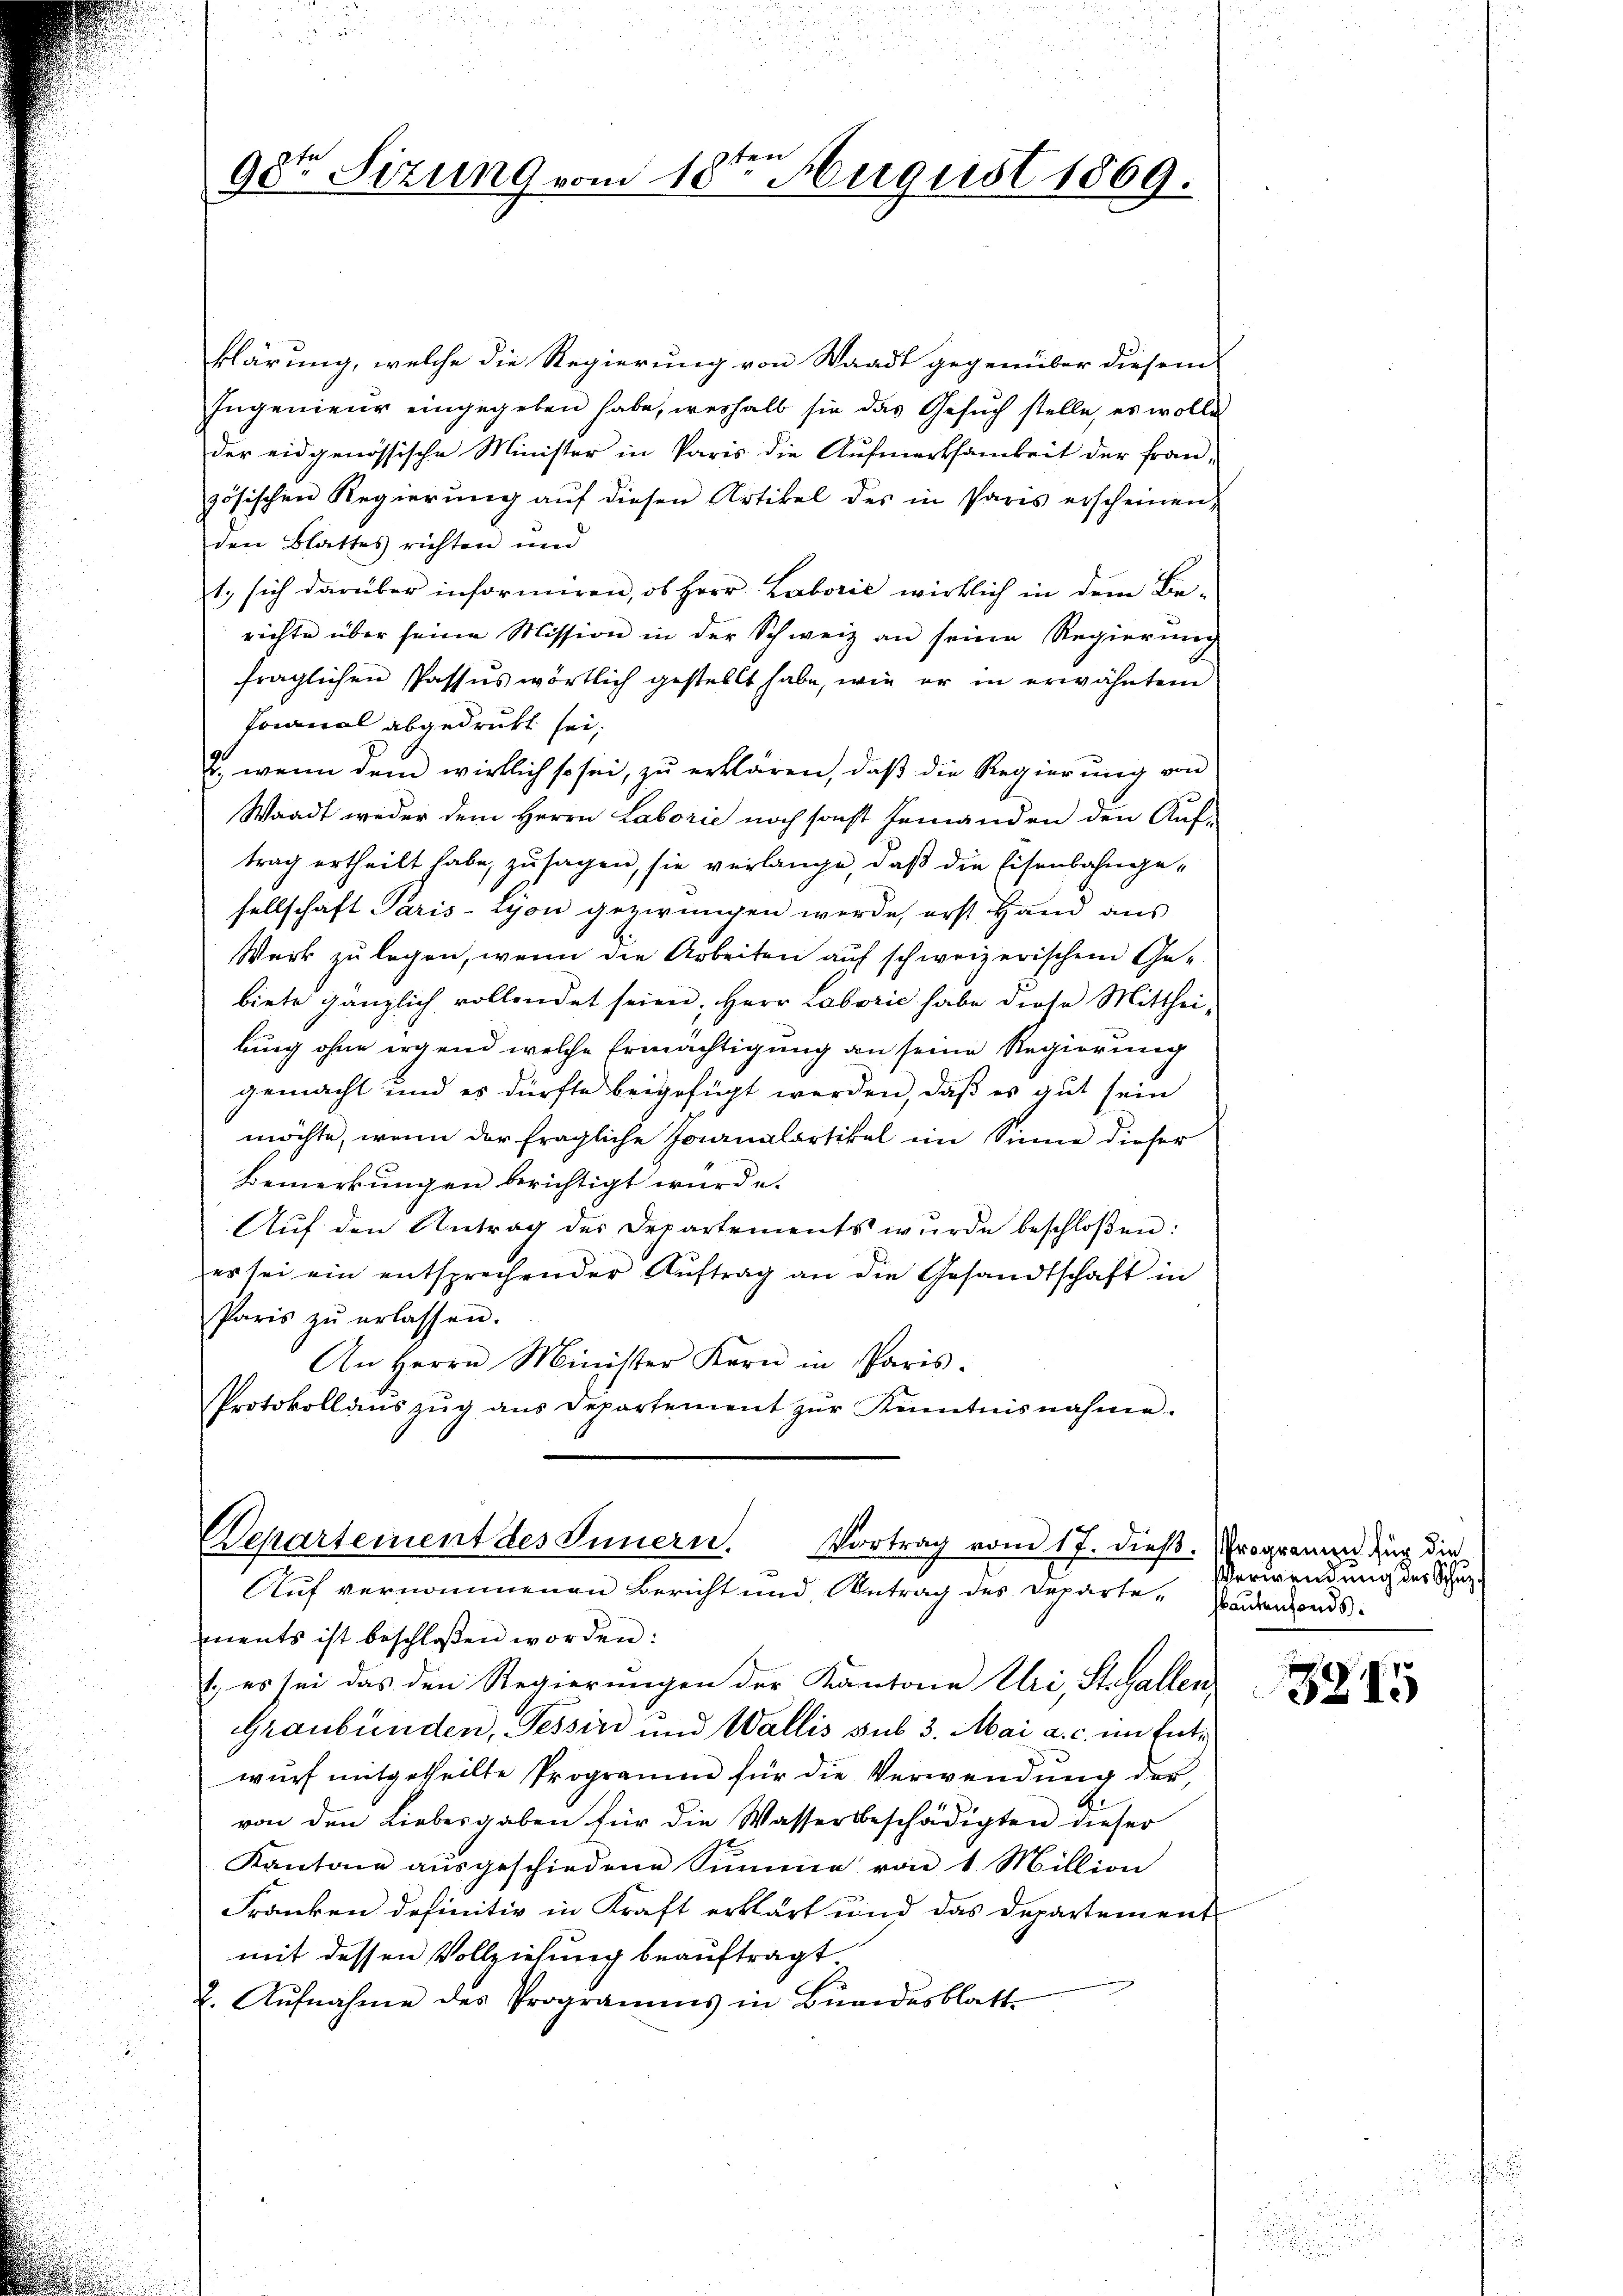
en
98ten Sitzung vom 10. August 1869.

klärung, welche die Regierung von Waadt gegenüber diesem
Ingenieur eingegeben habe, weshalb sie das Gesuch stelle, es wolle
der eidgenössische Minister in Paris die Aufmerksamkeit der fran-
zösischen Regierung auf diesen Artikel des in Paris erscheinen,
den Blattes richten und
1. sich darüber informiren, ob Herr Laborie wirklich in dem Be-
richte über seine Mission in der Schweiz an seine Regierŭng
fraglichen Passus wörtlich gestellt habe, wie er in erwähntem
Jocanal abgedrukt sei.
u. wenn dem wirklich so sei, zu erklären, daβ die Regierŭng von
Waadt weder dem Herrn Laborie noch sonst jemanden den Auf-
trag ertheilt habe, zusagen, sie verlange, daß die Eisenbahngesellschaft Paris-Lyon gezwungen werde, erst Hand aus
Werk zu legen, wenn die Arbeiten auf schweizerischem Gebiete gänzlich vollendet seien, Herr Laborie habe diese Mittheilung ohne irgend welche Ermächtigung an seine Regierung
gemacht und es dürfte beigefügt werden, daß es gut sein
möchte, wenn der fragliche Jaanalartikel im Sinne dieser
Bemerkungen berichtigt wurde.
Aŭf den Antrag des Departements wŭrde beschloßen:
es sei ein entsprechender Aŭftrag an die Gesandtschaft in
Paris zŭ erlassen.
An Herrn Minister Kern in Paris.
Protokollaŭszŭg aŭs Departement zŭr Kenntnisnahme.

Departement des Innern. Vortrag vom 17. dieβ.  Programm für die
Auf vernommenen Bericht und Antrag des Departe Bedenfonds.

ments ist beschloßen worden:
t. es sei das den Regierungen der Kantone Uri, St. Gallen
Graubünden, Tessin und Wallis sub 3. Mai a. c. im Entwurf mitgetheilte Programm für die Verwendung der,
von den Liebesgaben für die Wasserbeschädigten dieser
Kantone ausgeschiedene Summe von 1. Million
Franken definitiv in Kraft erklärt und das Departement
mit dessen Vollziehung beauftragt.
2. Aŭfnahme des Programms in Bŭndesblatt

Verwendung des Schuz¬

3215